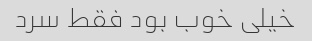
خیلی خوب بود فقط سرد